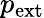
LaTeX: p_{\mathrm{{ext}}}